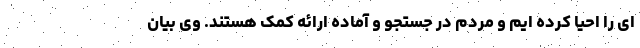
ای را احیا کرده ایم و مردم در جستجو و آماده ارائه کمک هستند. وی بیان